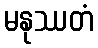
မနုဿတံ